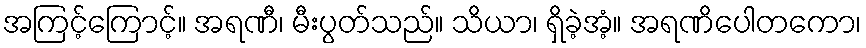
အကြင့်ကြောင့်။ အရဏီ၊ မီးပွတ်သည်။ သိယာ၊ ရှိခဲ့အံ့။ အရဏိပေါတကော၊